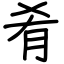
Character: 肴